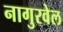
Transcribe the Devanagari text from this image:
नागुरवेल